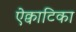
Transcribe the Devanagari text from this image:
ऐक्वाटिका